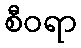
စီဝရာ